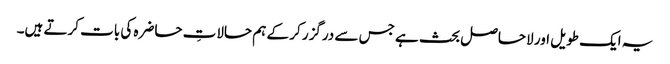
یہ ایک طویل اور لاحاصل بحث ہے جس سے درگزر کر کے ہم حالاتِ حاضرہ کی بات کرتے ہیں۔